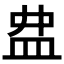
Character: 𥁖